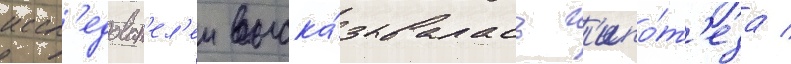
иссл'едоват'ел'еи выска́зывалась г'ипо́т'еза /